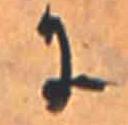
に